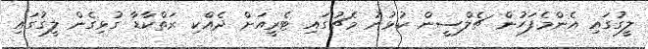
ލީގުގައި އެންމެފަހުން ޗެލްސީން ކުޅުނު މެޗުގައި ޓެރީއަށް ދެއްކި ރަތްކާޑާ ގުޅިގެން ލީގުގައި